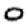
Digit: 0